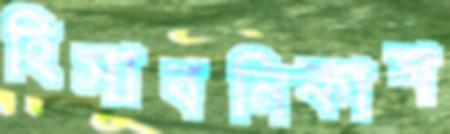
হিসাবনিকাশ